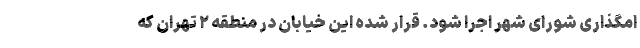
امگذاری شورای شهر اجرا شود. قرار شده این خیابان در منطقه ۲ تهران که